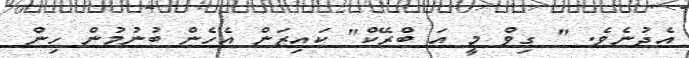
އެދުނެވެ. " ގިވް މީ އަ ބްރޭކް" ކައިޒަން އެހެން ބުނުމުން ހިން